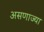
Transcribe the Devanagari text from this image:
असणाज्या